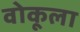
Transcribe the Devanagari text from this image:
वोकूला